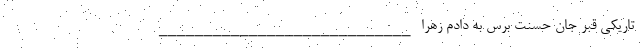
تاریکی قبر جان حسنت برس به دادم زهرا ____________________________